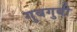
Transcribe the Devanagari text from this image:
गुबगुबी